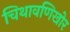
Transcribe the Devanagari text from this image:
चिथावणिखोर